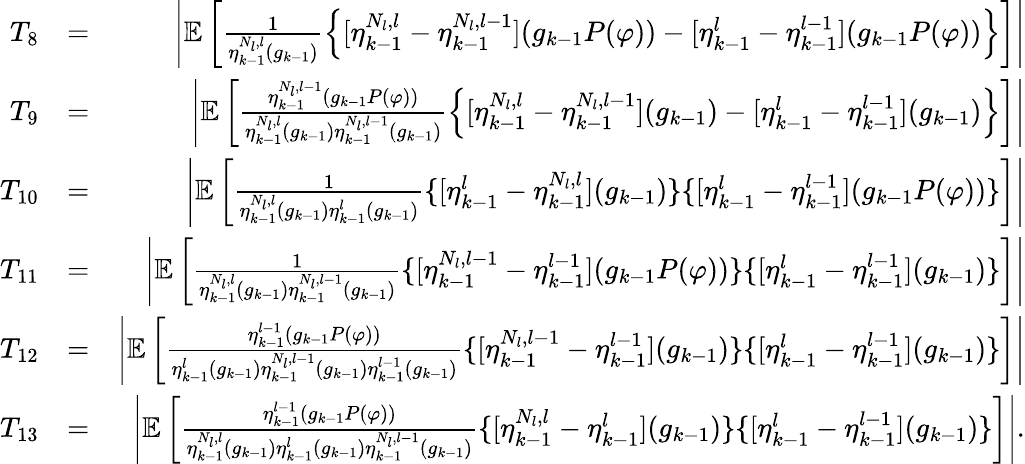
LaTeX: \begin{array}{rlr}{T_{8}}&{=}&{\left|\mathbb{E}\left[\frac{1}{\eta_{k-1}^{N_{l},l}(g_{k-1})}\left\{ [\eta_{k-1}^{N_{l},l}-\eta_{k-1}^{N_{l},l-1}](g_{k-1}P(\varphi))-[\eta_{k-1}^{l}-\eta_{k-1}^{l-1}](g_{k-1}P(\varphi))\right\} \right]\right|}\\ {T_{9}}&{=}&{\left|\mathbb{E}\left[\frac{\eta_{k-1}^{N_{l},l-1}(g_{k-1}P(\varphi))}{\eta_{k-1}^{N_{l},l}(g_{k-1})\eta_{k-1}^{N_{l},l-1}(g_{k-1})}\left\{ [\eta_{k-1}^{N_{l},l}-\eta_{k-1}^{N_{l},l-1}](g_{k-1})-[\eta_{k-1}^{l}-\eta_{k-1}^{l-1}](g_{k-1})\right\} \right]\right|}\\ {T_{10}}&{=}&{\left|\mathbb{E}\left[\frac{1}{\eta_{k-1}^{N_{l},l}(g_{k-1})\eta_{k-1}^{l}(g_{k-1})}\{ [\eta_{k-1}^{l}-\eta_{k-1}^{N_{l},l}](g_{k-1})\} \{ [\eta_{k-1}^{l}-\eta_{k-1}^{l-1}](g_{k-1}P(\varphi))\} \right]\right|}\\ {T_{11}}&{=}&{\left|\mathbb{E}\left[\frac{1}{\eta_{k-1}^{N_{l},l}(g_{k-1})\eta_{k-1}^{N_{l},l-1}(g_{k-1})}\{ [\eta_{k-1}^{N_{l},l-1}-\eta_{k-1}^{l-1}](g_{k-1}P(\varphi))\} \{ [\eta_{k-1}^{l}-\eta_{k-1}^{l-1}](g_{k-1})\} \right]\right|}\\ {T_{12}}&{=}&{\left|\mathbb{E}\left[\frac{\eta_{k-1}^{l-1}(g_{k-1}P(\varphi))}{\eta_{k-1}^{l}(g_{k-1})\eta_{k-1}^{N_{l},l-1}(g_{k-1})\eta_{k-1}^{l-1}(g_{k-1})}\{ [\eta_{k-1}^{N_{l},l-1}-\eta_{k-1}^{l-1}](g_{k-1})\} \{ [\eta_{k-1}^{l}-\eta_{k-1}^{l-1}](g_{k-1})\} \right]\right|}\\ {T_{13}}&{=}&{\left|\mathbb{E}\left[\frac{\eta_{k-1}^{l-1}(g_{k-1}P(\varphi))}{\eta_{k-1}^{N_{l},l}(g_{k-1})\eta_{k-1}^{l}(g_{k-1})\eta_{k-1}^{N_{l},l-1}(g_{k-1})}\{ [\eta_{k-1}^{N_{l},l}-\eta_{k-1}^{l}](g_{k-1})\} \{ [\eta_{k-1}^{l}-\eta_{k-1}^{l-1}](g_{k-1})\} \right]\right|.}\end{array}